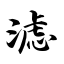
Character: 滤